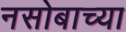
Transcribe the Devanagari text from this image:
नसोबाच्या